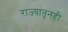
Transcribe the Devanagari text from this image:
राज्यांतूनही